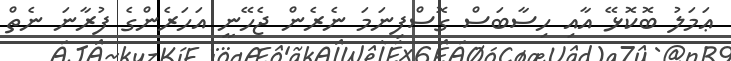
ޢަމަލު ބޮކޮޅޭ އާއި ހިސާބަސް ގޮސްފިނަމަ ނެރެން ޖެހޭނީ އަހަރެންގެ ފުރާނަ ނެތް